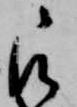
被